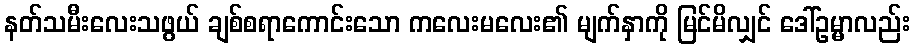
နတ်သမီးလေးသဖွယ် ချစ်စရာကောင်းသော ကလေးမလေး၏ မျက်နှာကို မြင်မိလျှင် ဒေါ်ဥမ္မာလည်း